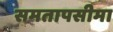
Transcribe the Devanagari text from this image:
समतापसीमा